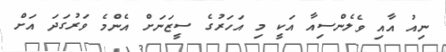
ނިއު އާއި ވެލެންސިއާ އަކީ މި އަހަރުގެ ސީޒަނަށް އެންމެ ވަރުގަދަ އަށް